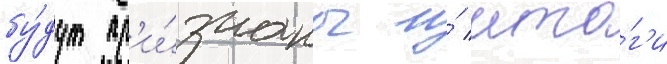
бу́дут пр'и́знаны и́ ито́г'и